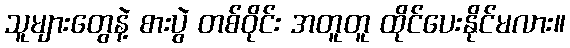
သူများတွေနဲ့ စားပွဲ တစ်ဝိုင်း အတူတူ ထိုင်ပေးနိုင်မလား။